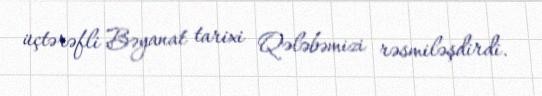
üçtərəfli Bəyanat tarixi Qələbəmizi rəsmiləşdirdi.